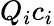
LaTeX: Q_{i}c_{i}